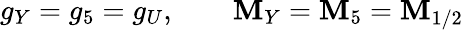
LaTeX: g_{Y}=g_{5}=g_{U},\qquad\mathbf{M}_{Y}=\mathbf{M}_{5}=\mathbf{M}_{1/2}